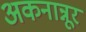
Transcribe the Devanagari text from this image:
अकनान्नूर